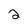
Character: 2